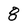
Character: 8